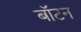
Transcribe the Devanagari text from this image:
बॉटन